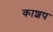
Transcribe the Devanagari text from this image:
काशप